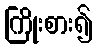
ကြိုးစား၍